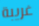
غريبة